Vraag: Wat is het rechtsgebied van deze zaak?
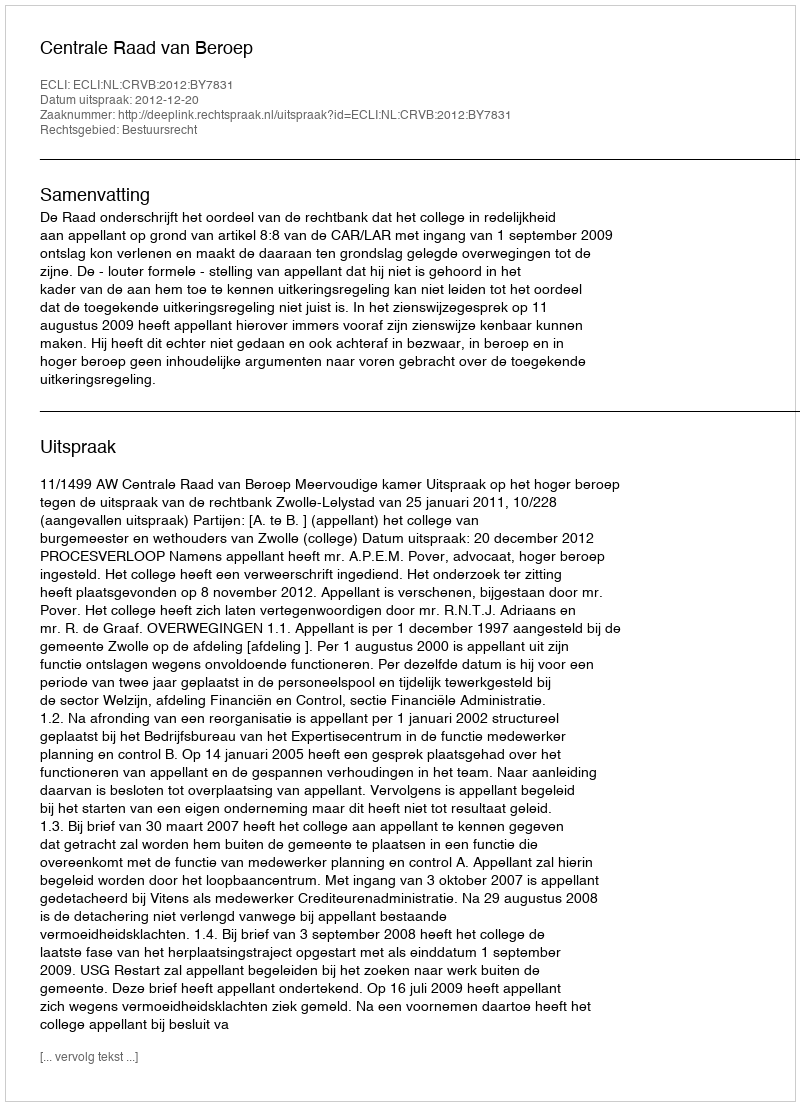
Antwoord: Bestuursrecht